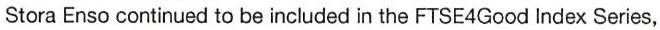
Stora Enso continued to be included in the FTSE4Good Index Series,